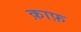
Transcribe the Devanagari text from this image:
क़ाफ़